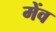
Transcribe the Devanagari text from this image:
मेंव